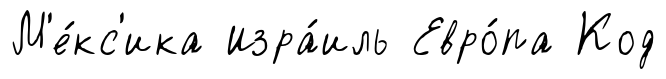
М'е́кс'ика Изра́иль Евро́па Код